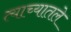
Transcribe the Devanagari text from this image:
त्याच्यातले